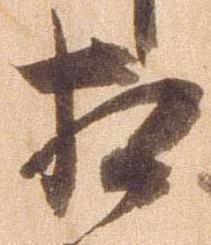
相